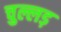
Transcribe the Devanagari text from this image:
चुल्लड़